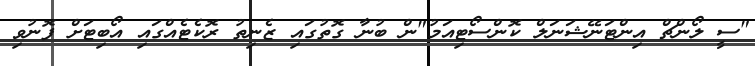
"ސީ ލޯންޗް އިންޓަނޭޝަނަލް ކޮންސޯޓިއަމު"ން ބުނާ ގޮތުގައި ޒެނިތު ރޮކެޓެއްގައި އޯބިޓަށް ފޮނުވި